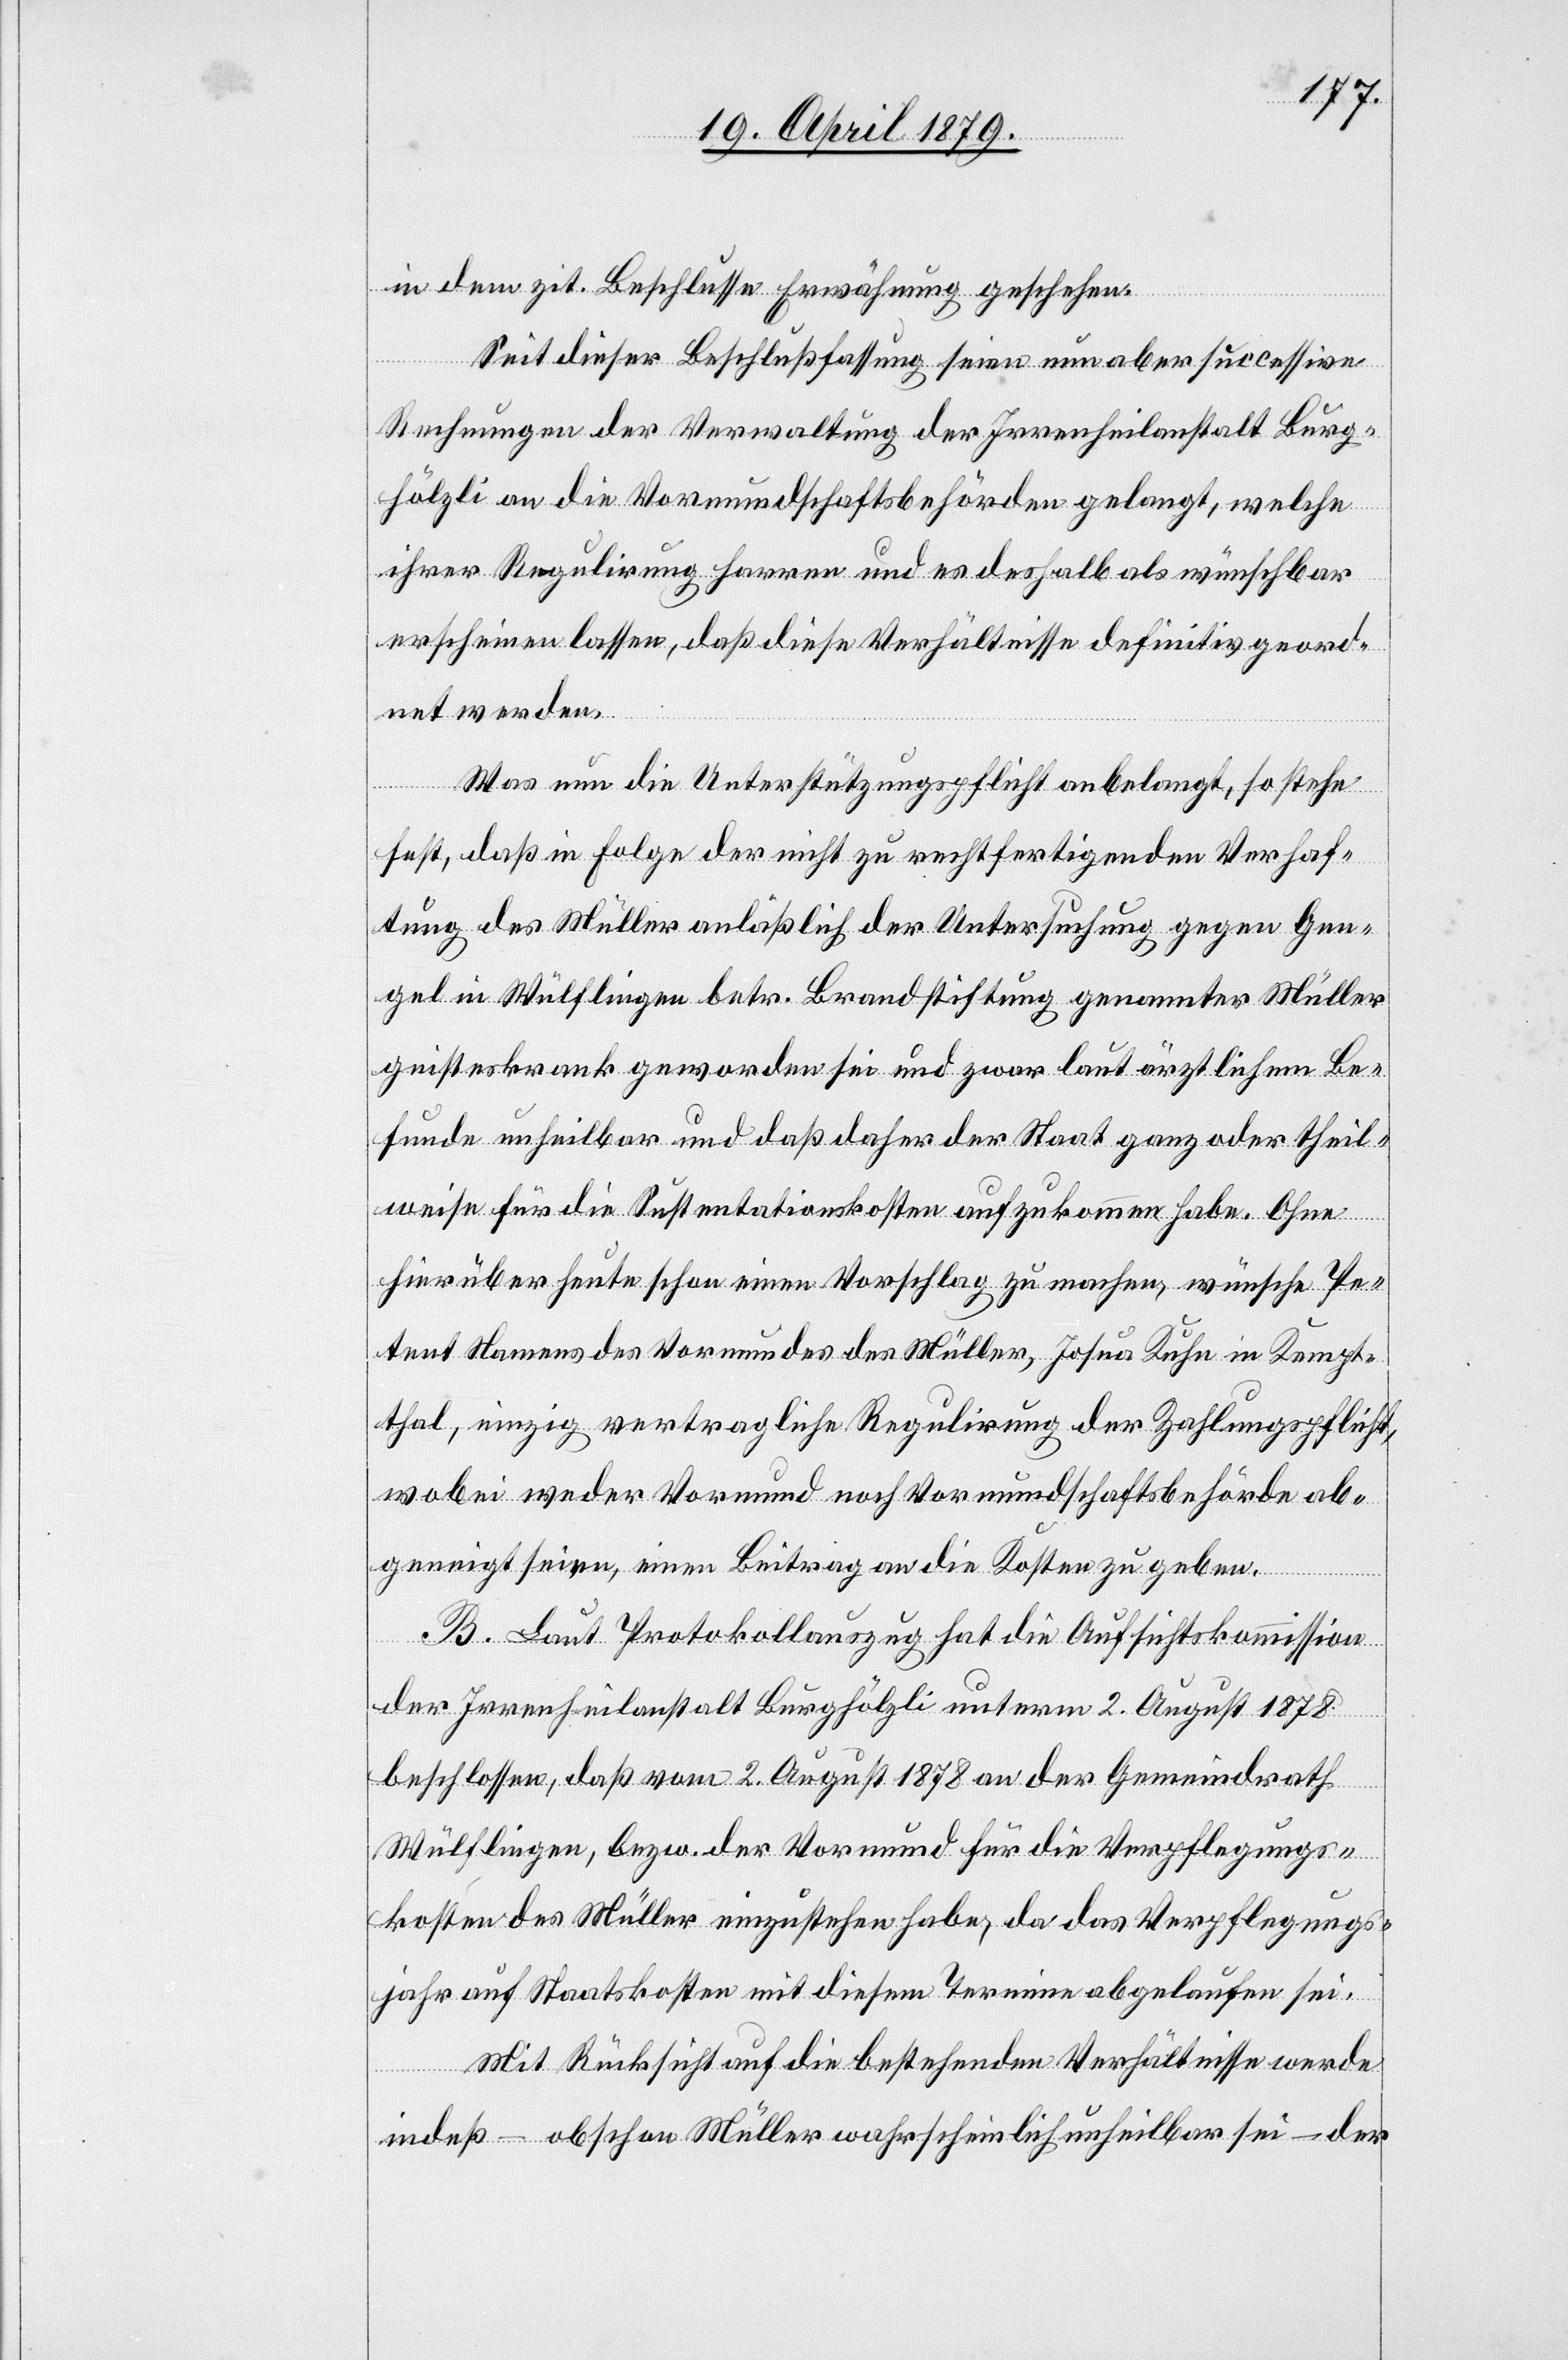
in dem zit. Beschlusse Erwähnung geschehen.
Seit dieser Beschlußfassung seien nun aber successive
Rechnungen der Verwaltung der Irrenheilanstalt Burg¬
hölzli an die Vormundschaftsbehörden gelangt, welche
ihrer Regulirung harren und es deshalb als wünschbar
erscheinen lassen, daß diese Verhältnisse definitiv geord¬
net werden.
Was nun die Unterstützungspflicht anbelangt, so stehe
fest, daß in Folge der nicht zu rechtfertigenden Verhaf¬
tung des Müller anläßlich der Untersuchung gegen Gen¬
gel in Wülflingen betr. Brandstiftung genannter Müller
geisteskrank geworden sei und zwar laut ärztlichem Be¬
funde unheilbar und daß daher der Staat ganz oder theil¬
weise für die Sustentationskosten aufzukommen habe. Ohne
hierüber heute schon einen Vorschlag zu machen, wünsche Pe¬
tent Namens des Vormundes des Müller, Josua Kuhn in Kempt¬
thal, einzig vertragliche Regulirung der Zahlungspflicht,
wobei weder Vormund noch Vormundschaftsbehörde ab¬
geneigt seien, einen Beitrag an die Kosten zu geben.
B. Laut Protokollauszug hat die Aufsichtskommission
der Irrenheilanstalt Burghölzli unterm 2. August 1878
beschlossen, daß vom 2. August 1878 an der Gemeindrath
Wülflingen, bezw. der Vormund für die Verpflegungs¬
kosten des Müller einzustehen habe, da das Verpflegungs¬
jahr auf Staatskosten mit diesem Termine abgelaufen sei.
Mit Rücksicht auf die bestehenden Verhältnisse wird
indeß – obschon Müller wahrscheinlich unheilbar sei – der